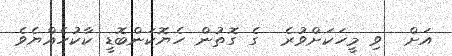
އަށް  ވި މީހަކަށްވުރެ  ގެ ގޮތުން ހެޔޮކަންބޮޑީ ކާކުހެއްޔެވެ